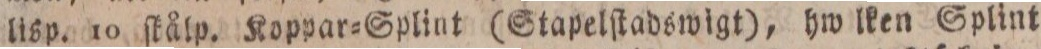
lisp. 10 ſkålp. Koppar=Splint (Stapelſtadswigt), hw lken Splint